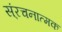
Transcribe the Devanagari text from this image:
स्ंरचनात्मक